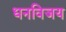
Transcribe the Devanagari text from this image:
धनविजय